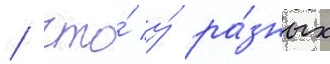
/ что́ у́ ра́зных